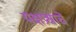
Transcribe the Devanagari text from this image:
यक्षप्रश्नाचें